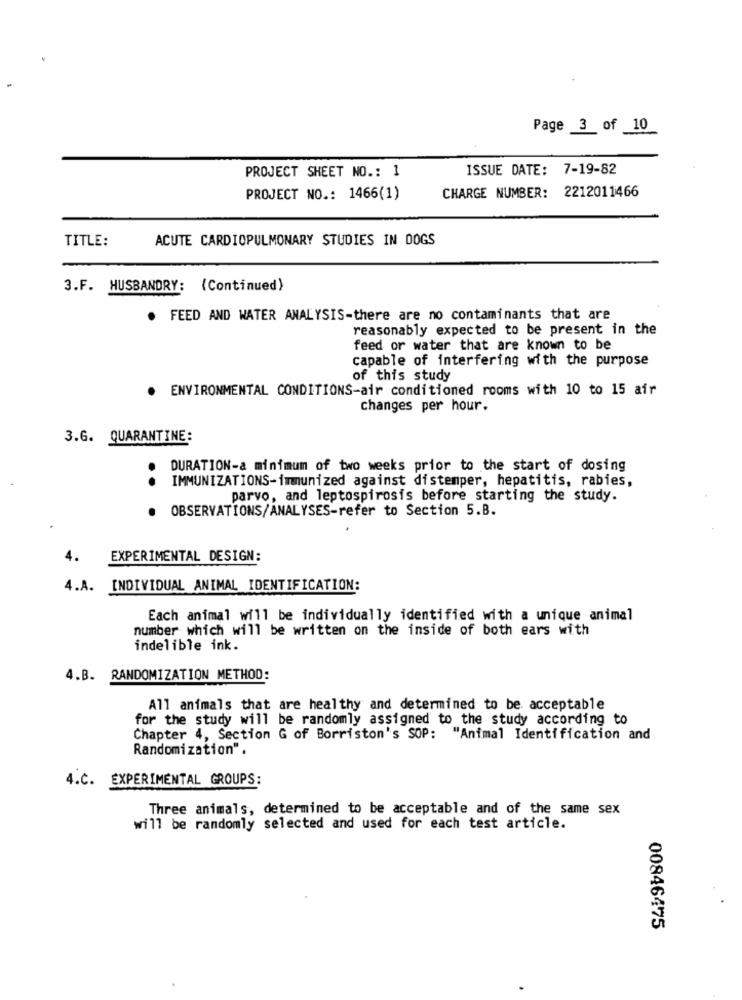
Page 3 of 10
PROJECT SHEET NO .: 1
ISSUE DATE: 7-19-82
CHARGE NUMBER: 2212011466
PROJECT NO .: 1466(1)
TITLE:
ACUTE CARDIOPULMONARY STUDIES IN DOGS
3.F. HUSBANDRY: (Continued)
. FEED AND WATER ANALYSIS-there are no contaminants that are
reasonably expected to be present in the
feed or water that are known to be
capable of interfering with the purpose
of this study
ENVIRONMENTAL CONDITIONS-air conditioned rooms with 10 to 15 air
changes per hour.
3.6. QUARANTINE:
DURATION-a minimum of two weeks prior to the start of dosing
IMMUNIZATIONS-immunized against distemper, hepatitis, rabies,
parvo, and leptospirosis before starting the study.
OBSERVATIONS/ANALYSES-refer to Section 5.B.
EXPERIMENTAL DESIGN:
4.A. INDIVIDUAL ANIMAL IDENTIFICATION:
Each animal will be individually identified with a unique animal
number which will be written on the inside of both ears with
indelible ink.
4.B. RANDOMIZATION METHOD:
All animals that are healthy and determined to be acceptable
for the study will be randomly assigned to the study according to
Chapter 4, Section G of Borriston's SOP: "Animal Identification and
Randomization".
4.C. EXPERIMENTAL GROUPS:
Three animals, determined to be acceptable and of the same sex
will be randomly selected and used for each test article.
00846475